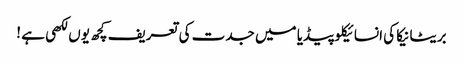
بریٹانیکا کی انسائیکلو پیڈیا میں جدت کی تعریف کچھ یوں لکھی ہے !